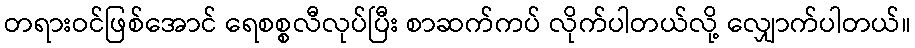
တရားဝင်ဖြစ်အောင် ရေစစ္စလီလုပ်ပြီး စာဆက်ကပ် လိုက်ပါတယ်လို့ လျှောက်ပါတယ်။